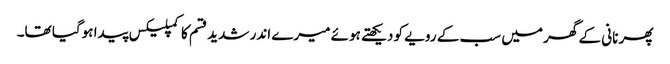
پھر نانی کے گھر میں سب کے رویے کو دیکھتے ہوئے میرے اندر شدید قسم کا کمپلیکس پیدا ہوگیا تھا۔